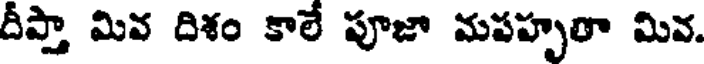
దీప్తా మివ దిశం కాలే పూజా మపహృతా మివ.